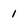
Character: 1